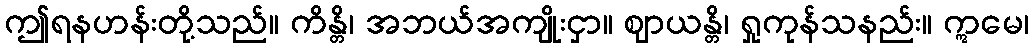
ဤရနဟန်းတို့သည်။ ကိန္တိ၊ အဘယ်အကျိုးငှာ။ ဈာယန္တိ၊ ရှုကုန်သနည်း။ ဣမေ၊